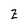
Character: z